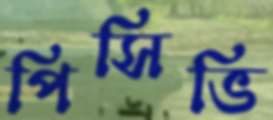
পিসিভি